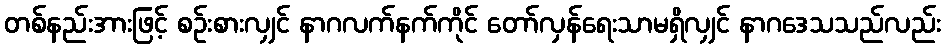
တစ်နည်းအားဖြင့် စဉ်းစားလျှင် နာဂလက်နက်ကိုင် တော်လှန်ရေးသာမရှိလျှင် နာဂဒေသသည်လည်း